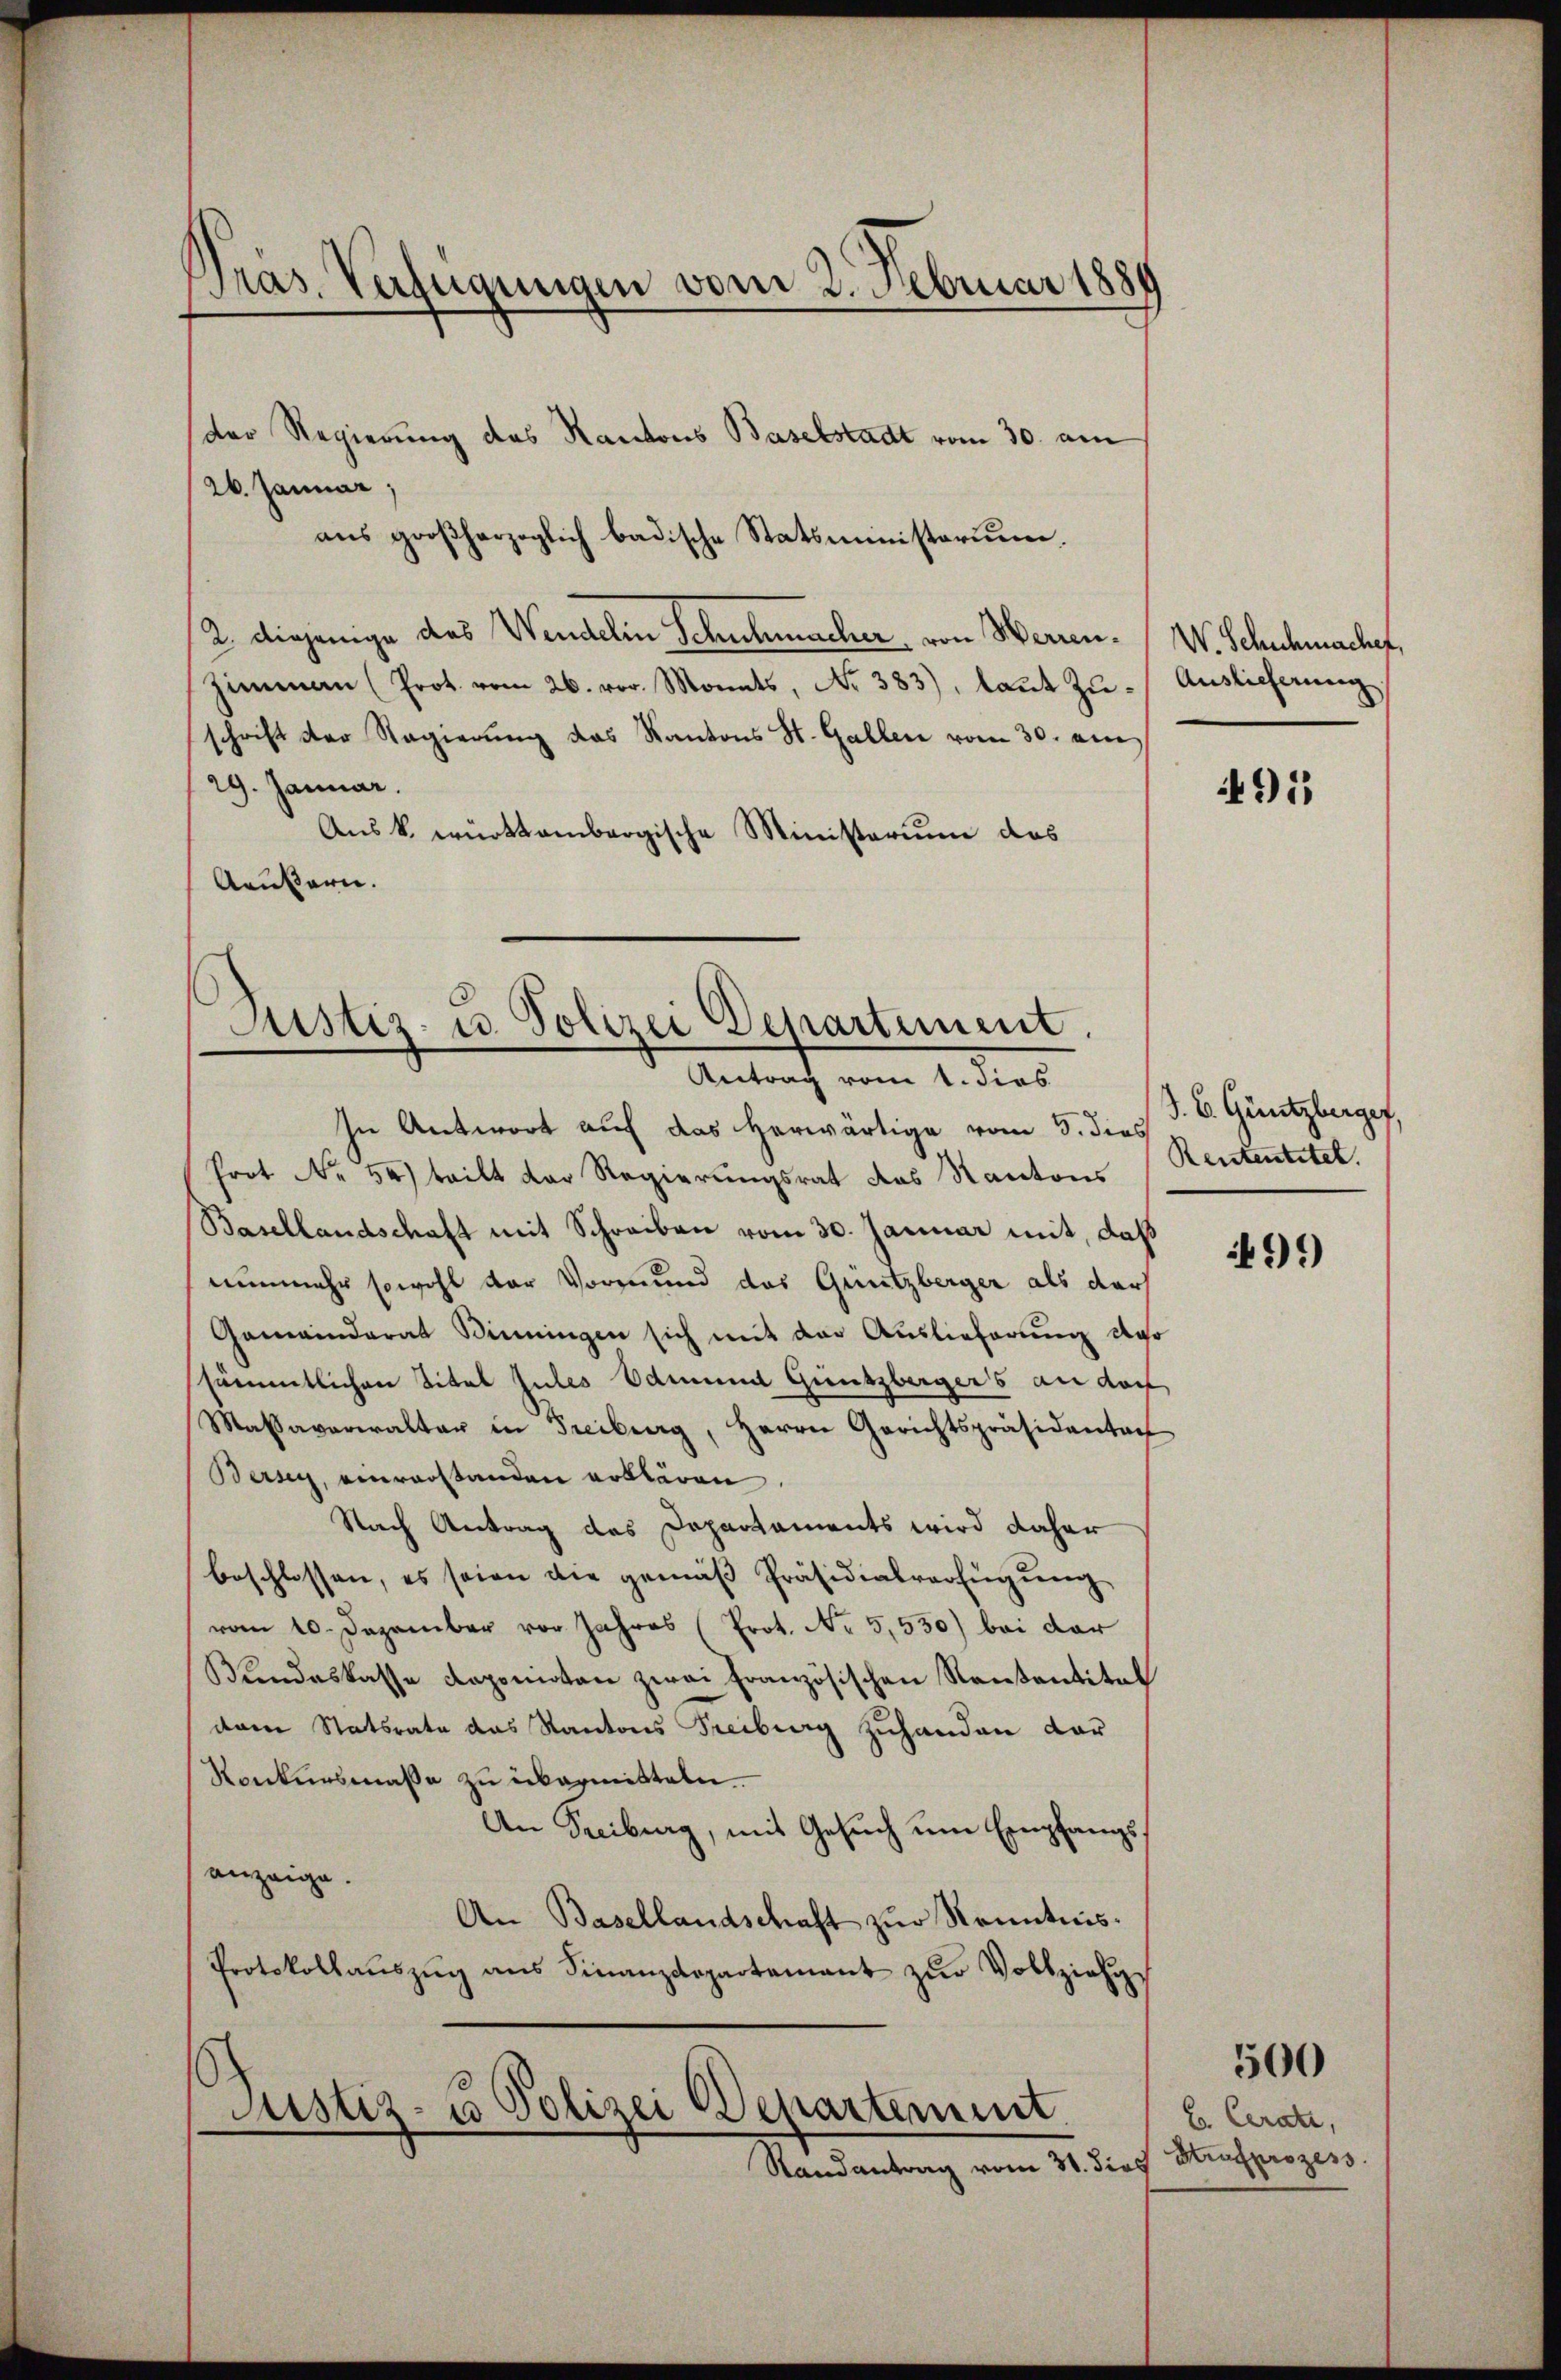
Pras. Verfügungen vom 2. Februar 1889

Der Regierung des Kantons Baselstadt vom 30. am
26. Januar,
aus großherzoglich badische Statsministerium.
2. diejenige des Wendelin Schuhmacher von Wernen¬
Zimmen (Prot. vom 26. vor. Monats, No 383), laŭt Zŭ-Auslieferung
schrift der Regierŭng das Kantons St. Gallen vom 30. an
29. Januar.
Aus k. württembergische Ministerium das
Aeußern.

Justiz- u. Polizei Departement.
Antrag vom 1. dies

In Antwort auf das herwärtige vom 5. dies
Prot Nr. 50) teilt der Regierungsrat das Kanton
Basellandschaft mit Schreiben vom 30. Januar mit, daß
nunmehr sowohl der Vormund das Grützberger als darf
Gemeinderat Binningen sich mit der Auslieferung der
sämmtlichen Titel Gutes Edmund Güntzbergers an doch
Massaverwalter in Freiburg, Herrn Gerichtspräsidentar
Bersey, einverstanden erklären.
Nach Antrag des Departaments wird daher
beschlossen, es seien die gemäβ Präsidialverfügŭng
vom 10. Dezember vor Jahres (Prot. No 5,550) bei der
Bundeskasse Daponirten zwei Französischen Rentantitel
dem Statsrate das Kantons Freiburg zuhanden dar
Konkursmaße zu übermitteln.
An Freiburg, mit Gesuch um Empfangsanzeige.
An Basellandschaft zŭr Kenntnis.
Protokollaŭszŭg ans Finanzdepartamant zŭr Vollziehun
Justiz- u Polizei Departement.
Randantrag vom 31. dies

W. Schuhmacher,

495

S. B. Güntzberges.
Rententitel.

499

C. Cerati,
Strafprozess

500